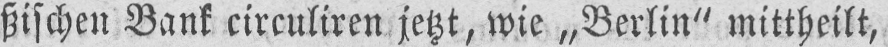
ßischen Bank circuliren jetzt, wie „Berlin“ mittheilt,